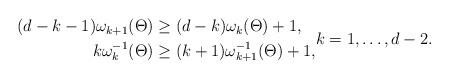
LaTeX: \begin{align*} \begin{aligned} (d-k-1)\omega_{k+1}(\Theta) & \geq(d-k)\omega_k(\Theta)+1, \\ k\omega_k^{-1}(\Theta) & \geq(k+1)\omega_{k+1}^{-1}(\Theta)+1, \end{aligned} k=1,\ldots,d-2.\end{align*}